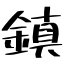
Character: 鎮